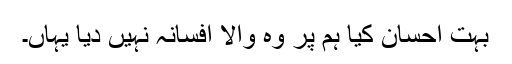
بہت احسان کیا ہم پر وہ والا افسانہ نہیں دیا یہاں۔